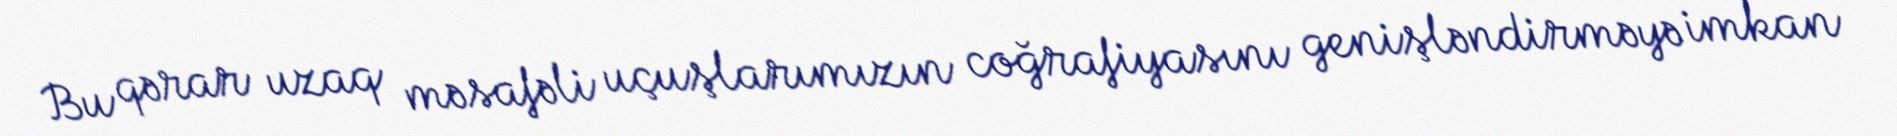
Bu qərar uzaq məsafəli uçuşlarımızın coğrafiyasını genişləndirməyə imkan